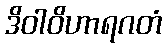
ဒိဝါဝိဟာရဂတံ